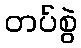
တပ်စွဲ